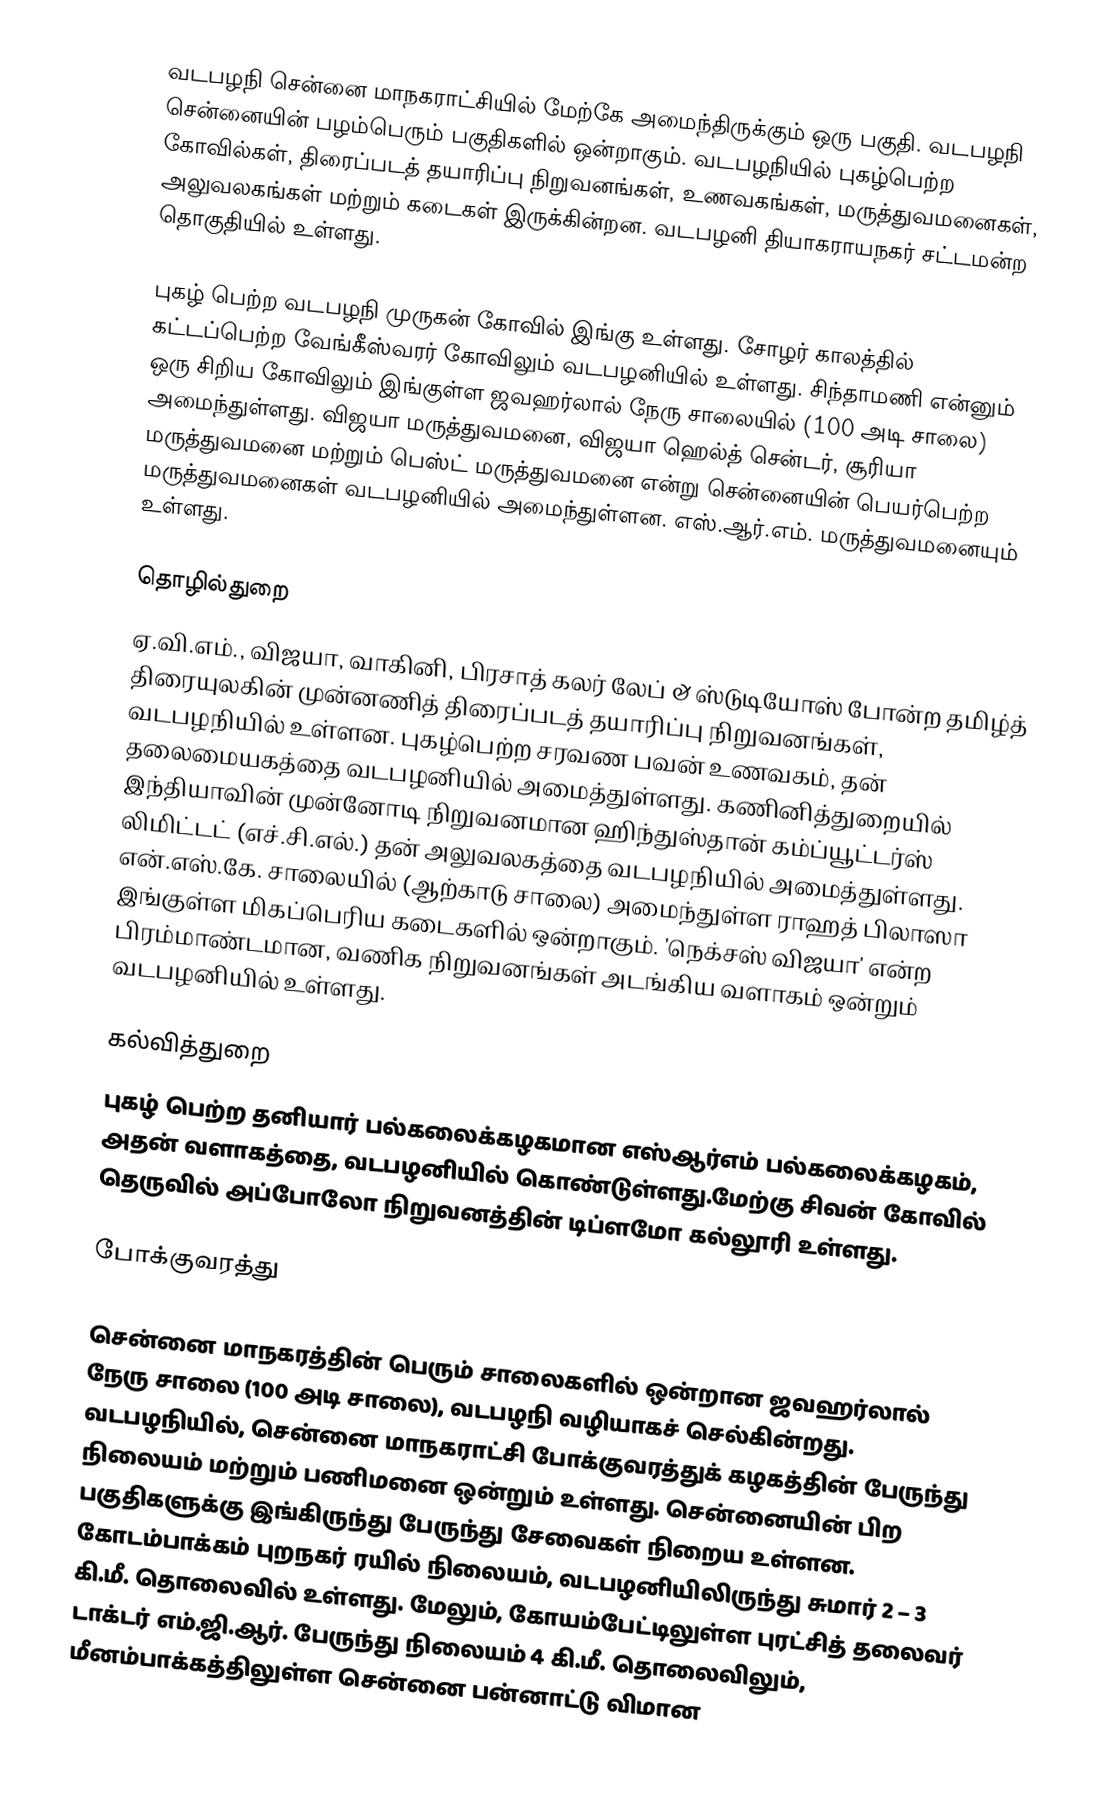
வடபழநி சென்னை மாநகராட்சியில் மேற்கே அமைந்திருக்கும் ஒரு பகுதி. வடபழநி சென்னையின் பழம்பெரும் பகுதிகளில் ஒன்றாகும். வடபழநியில் புகழ்பெற்ற கோவில்கள், திரைப்படத் தயாரிப்பு நிறுவனங்கள், உணவகங்கள், மருத்துவமனைகள், அலுவலகங்கள் மற்றும் கடைகள் இருக்கின்றன. வடபழனி தியாகராயநகர் சட்டமன்ற தொகுதியில் உள்ளது.

புகழ் பெற்ற வடபழநி முருகன் கோவில் இங்கு உள்ளது. சோழர் காலத்தில் கட்டப்பெற்ற வேங்கீஸ்வரர் கோவிலும் வடபழனியில் உள்ளது. சிந்தாமணி என்னும் ஒரு சிறிய கோவிலும் இங்குள்ள ஜவஹர்லால் நேரு சாலையில் (100 அடி சாலை) அமைந்துள்ளது. விஜயா மருத்துவமனை, விஜயா ஹெல்த் சென்டர், சூரியா மருத்துவமனை மற்றும் பெஸ்ட் மருத்துவமனை என்று சென்னையின் பெயர்பெற்ற மருத்துவமனைகள் வடபழனியில் அமைந்துள்ளன. எஸ்.ஆர்.எம். மருத்துவமனையும் உள்ளது.

தொழில்துறை
ஏ.வி.எம்., விஜயா, வாகினி, பிரசாத் கலர் லேப் & ஸ்டுடியோஸ் போன்ற தமிழ்த் திரையுலகின் முன்னணித் திரைப்படத் தயாரிப்பு நிறுவனங்கள், வடபழநியில் உள்ளன. புகழ்பெற்ற சரவண பவன் உணவகம், தன் தலைமையகத்தை வடபழனியில் அமைத்துள்ளது. கணினித்துறையில் இந்தியாவின் முன்னோடி நிறுவனமான ஹிந்துஸ்தான் கம்ப்யூட்டர்ஸ் லிமிட்டட் (எச்.சி.எல்.) தன் அலுவலகத்தை வடபழநியில் அமைத்துள்ளது. என்.எஸ்.கே. சாலையில் (ஆற்காடு சாலை) அமைந்துள்ள ராஹத் பிலாஸா இங்குள்ள மிகப்பெரிய கடைகளில் ஒன்றாகும். 'நெக்சஸ் விஜயா' என்ற பிரம்மாண்டமான, வணிக நிறுவனங்கள் அடங்கிய வளாகம் ஒன்றும் வடபழனியில் உள்ளது.

கல்வித்துறை
புகழ் பெற்ற தனியார் பல்கலைக்கழகமான எஸ்ஆர்எம் பல்கலைக்கழகம், அதன் வளாகத்தை, வடபழனியில் கொண்டுள்ளது.மேற்கு சிவன் கோவில் தெருவில் அப்போலோ நிறுவனத்தின் டிப்ளமோ கல்லூரி உள்ளது.

போக்குவரத்து

சென்னை மாநகரத்தின் பெரும் சாலைகளில் ஒன்றான ஜவஹர்லால் நேரு சாலை (100 அடி சாலை), வடபழநி வழியாகச் செல்கின்றது. வடபழநியில், சென்னை மாநகராட்சி போக்குவரத்துக் கழகத்தின் பேருந்து நிலையம் மற்றும் பணிமனை ஒன்றும் உள்ளது. சென்னையின் பிற பகுதிகளுக்கு இங்கிருந்து பேருந்து சேவைகள் நிறைய உள்ளன. கோடம்பாக்கம் புறநகர் ரயில் நிலையம், வடபழனியிலிருந்து சுமார் 2 – 3 கி.மீ. தொலைவில் உள்ளது. மேலும், கோயம்பேட்டிலுள்ள புரட்சித் தலைவர் டாக்டர் எம்.ஜி.ஆர். பேருந்து நிலையம் 4 கி.மீ. தொலைவிலும், மீனம்பாக்கத்திலுள்ள சென்னை பன்னாட்டு விமான